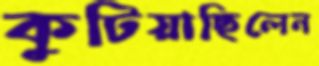
কুটিয়াছিলেন